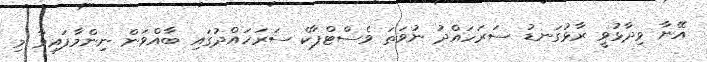
އޭނާ ވިދާޅުވީ ރާޅުގަނޑު ސަރަހައްދު ނުވަތަ ވެސްޓްޕާކް ސަރަހައްދުގައި ބާއްވަން ނިންމާފައިވާ މި